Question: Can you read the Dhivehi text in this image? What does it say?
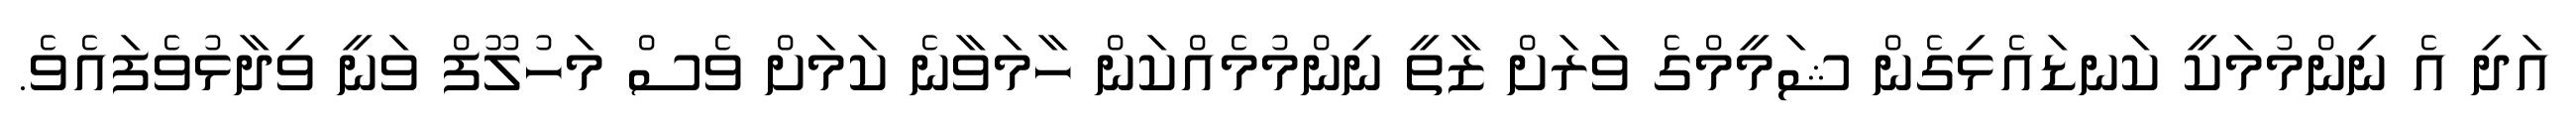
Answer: އަދި އެ ނިންމުމަކީ ކަނޑައެޅިގެން ޝަމީމްގެ ވަރަށް ޒާތީ ނިންމުމެއްކަން ހާމަވާނެ ކަމަށް ވެސް މަހުލޫފް ވަނީ ވިދާޅުވެފައެވެ.